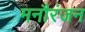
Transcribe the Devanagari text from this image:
मनौरंजन